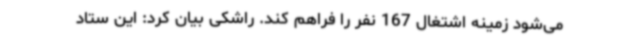
می‌شود زمینه اشتغال 167 نفر را فراهم کند. راشکی بیان کرد: این ستاد